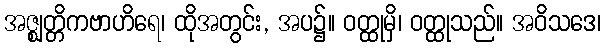
အဇ္ဈတ္တိကဗာဟိရေ၊ ထိုအတွင်း, အပ၌။ ဝတ္ထုမှိ၊ ဝတ္ထုသည်။ အဝိသဒေ၊